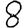
Digit: 8